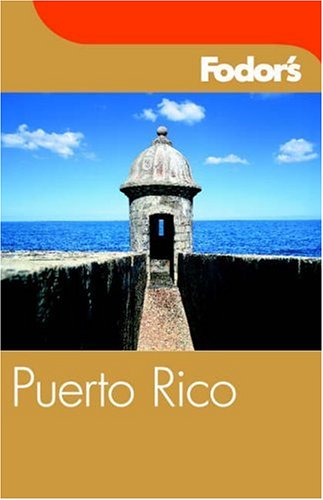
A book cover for Fodor's Puerto Rico, 3rd Edition (Fodor's Gold Guides); Fodor's; Travel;